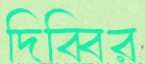
দিব্বির